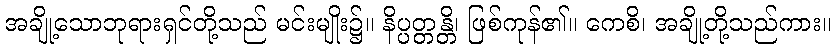
အချို့သောဘုရားရှင်တို့သည် မင်းမျိုး၌။ နိပ္ပတ္တန္တိ၊ ဖြစ်ကုန်၏။ ကေစိ၊ အချို့တို့သည်ကား။